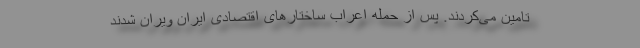
تامین می‌کردند. پس از حمله اعراب ساختار‌های اقتصادی ایران ویران شدند